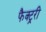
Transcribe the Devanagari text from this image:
फैक्ट्ररी